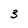
Character: 3